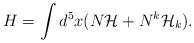
LaTeX: \begin{align*}H = \int d^5x ( N {\cal H} + N^k {\cal H}_k).\end{align*}